Vaccination in Burma 1889-1999 - 1889-1999
Year: 1889
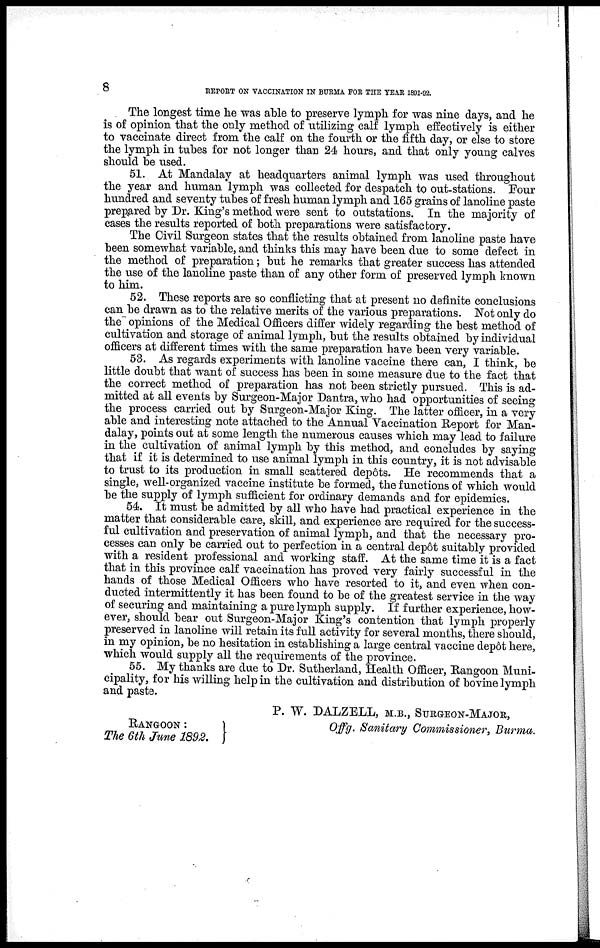
8
REPORT ON VACCINATION IN BURMA FOR THE YEAR 1891-92.
The longest time he was able to preserve lymph for was nine days, and he
is of opinion that the only method of utilizing calf lymph effectively is either
to vaccinate direct from the calf on the fourth or the fifth day, or else to store
the lymph in tubes for not longer than 24 hours, and that only young calves
should be used.
51. At Mandalay at headquarters animal lymph was used throughout
the year and human lymph was collected for despatch to out-stations. Four
hundred and seventy tubes of fresh human lymph and 165 grains of lanoline paste
prepared by Dr. King's method were sent to outstations. In the majority of
cases the results reported of both preparations were satisfactory.
The Civil Surgeon states that the results obtained from lanoline paste have
been somewhat variable, and thinks this may have been due to some defect in
the method of preparation; but he remarks that greater success has attended
the use of the lanoline paste than of any other form of preserved lymph known
to him.
52. These reports are so conflicting that at present no definite conclusions
can be drawn as to the relative merits of the various preparations. Not only do
the" opinions of the Medical Officers differ widely regarding the best method of
cultivation and storage of animal lymph, but the results obtained by individual
officers at different times with the same preparation have been very variable.
53. As regards experiments with lanoline vaccine there can, I think, be
little doubt that want of success has been in some measure due to the fact that
the correct method of preparation has not been strictly pursued. This is ad-
mitted at all events by Surgeon-Major Dantra, who had opportunities of seeing
the process carried out by Surgeon-Major King. The latter officer, in a very
able and interesting note attached to the Annual Vaccination Report for Man-
dalay, points out at some length the numerous causes which may lead to failure
in the cultivation of animal lymph by this method, and concludes by saying
that if it is determined to use animal lymph in this country, it is not advisable
to trust to its production in small scattered depôts. He recommends that a
single, well-organized vaccine institute be formed, the functions of which would
be the supply of lymph sufficient for ordinary demands and for epidemics.
54. It must be admitted by all who have had practical experience in the
matter that considerable care, skill, and experience are required for the success-
ful cultivation and preservation of animal lymph, and that the necessary pro-
cesses can only be carried out to perfection in a central depôt suitably provided
with a resident professional and working staff. At the same time it is a fact
that in this province calf vaccination has proved very fairly successful in the
hands of those Medical Officers who have resorted to it, and even when con-
ducted intermittently it has been found to be of the greatest service in the way
of securing and maintaining a pure lymph supply. If further experience, how-
ever, should bear out Surgeon-Major King's contention that lymph properly
preserved in lanoline will retain its full activity for several months, there should,
in my opinion, be no hesitation in establishing a large central vaccine depôt here,
which would supply all the requirements of the province.
55. My thanks are due to Dr. Sutherland, Health Officer, Rangoon Muni-
cipality, for his willing help in the cultivation and distribution of bovine lymph
and paste.
P. W. DALZELL, M.B., SURGEON-MAJOR,
RANGOON :
Offg. Sanitary Commissioner. Burma.
The 6th June 1892.